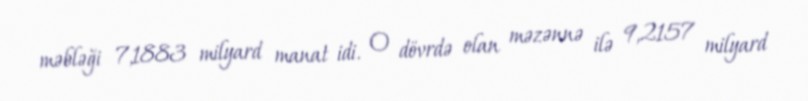
məbləği 7,1883 milyard manat idi. O dövrdə olan məzənnə ilə 9,2157 milyard